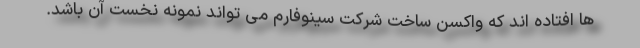
ها افتاده اند که واکسن ساخت شرکت سینوفارم می تواند نمونه نخست آن باشد.